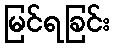
မြင်ရခြင်း